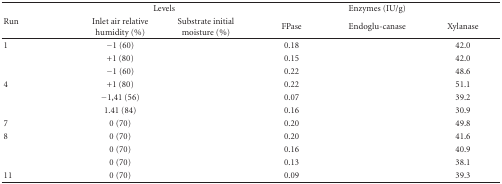
<table><thead><tr><td rowspan="2"><b>Run</b></td><td colspan="2"><b>Levels</b></td><td colspan="3"><b>Enzymes (IU/g)</b></td></tr><tr><td><b>Inlet air relative humidity (%)</b></td><td><b>Substrate initial moisture (%)</b></td><td><b>FPase</b></td><td><b>Endoglu-canase</b></td><td><b>Xylanase</b></td></tr></thead><tbody><tr><td>1</td><td>−1 (60)</td><td>[EMPTY_CELL]</td><td>0.18</td><td>[EMPTY_CELL]</td><td>42.0</td></tr><tr><td>[EMPTY_CELL]</td><td>+1 (80)</td><td>[EMPTY_CELL]</td><td>0.15</td><td>[EMPTY_CELL]</td><td>42.0</td></tr><tr><td>[EMPTY_CELL]</td><td>−1 (60)</td><td>[EMPTY_CELL]</td><td>0.22</td><td>[EMPTY_CELL]</td><td>48.6</td></tr><tr><td>4</td><td>+1 (80)</td><td>[EMPTY_CELL]</td><td>0.22</td><td>[EMPTY_CELL]</td><td>51.1</td></tr><tr><td>[EMPTY_CELL]</td><td>−1,41 (56)</td><td>[EMPTY_CELL]</td><td>0.07</td><td>[EMPTY_CELL]</td><td>39.2</td></tr><tr><td>[EMPTY_CELL]</td><td>1.41 (84)</td><td>[EMPTY_CELL]</td><td>0.16</td><td>[EMPTY_CELL]</td><td>30.9</td></tr><tr><td>7</td><td>0 (70)</td><td>[EMPTY_CELL]</td><td>0.20</td><td>[EMPTY_CELL]</td><td>49.8</td></tr><tr><td>8</td><td>0 (70)</td><td>[EMPTY_CELL]</td><td>0.20</td><td>[EMPTY_CELL]</td><td>41.6</td></tr><tr><td>[EMPTY_CELL]</td><td>0 (70)</td><td>[EMPTY_CELL]</td><td>0.16</td><td>[EMPTY_CELL]</td><td>40.9</td></tr><tr><td>[EMPTY_CELL]</td><td>0 (70)</td><td>[EMPTY_CELL]</td><td>0.13</td><td>[EMPTY_CELL]</td><td>38.1</td></tr><tr><td>11</td><td>0 (70)</td><td>[EMPTY_CELL]</td><td>0.09</td><td>[EMPTY_CELL]</td><td>39.3</td></tr></tbody></table>